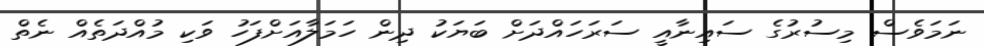
ނަމަވެސް މިސުރުގެ ސައިނާއީ ސަރަހައްދަށް ބަޔަކު ދިން ހަމަލާއަށްފަހު ވަކި މުއްދަތެއް ނެތް